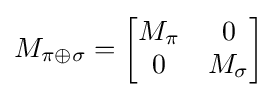
M_{\pi \oplus \sigma }={\begin{bmatrix}M_{\pi }&0\\0&M_{\sigma }\end{bmatrix}}